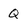
Character: Q